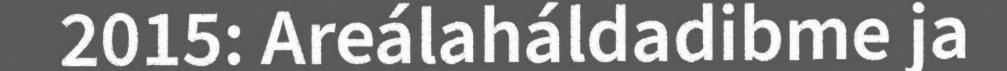
2015: Areálaháldadibme ja